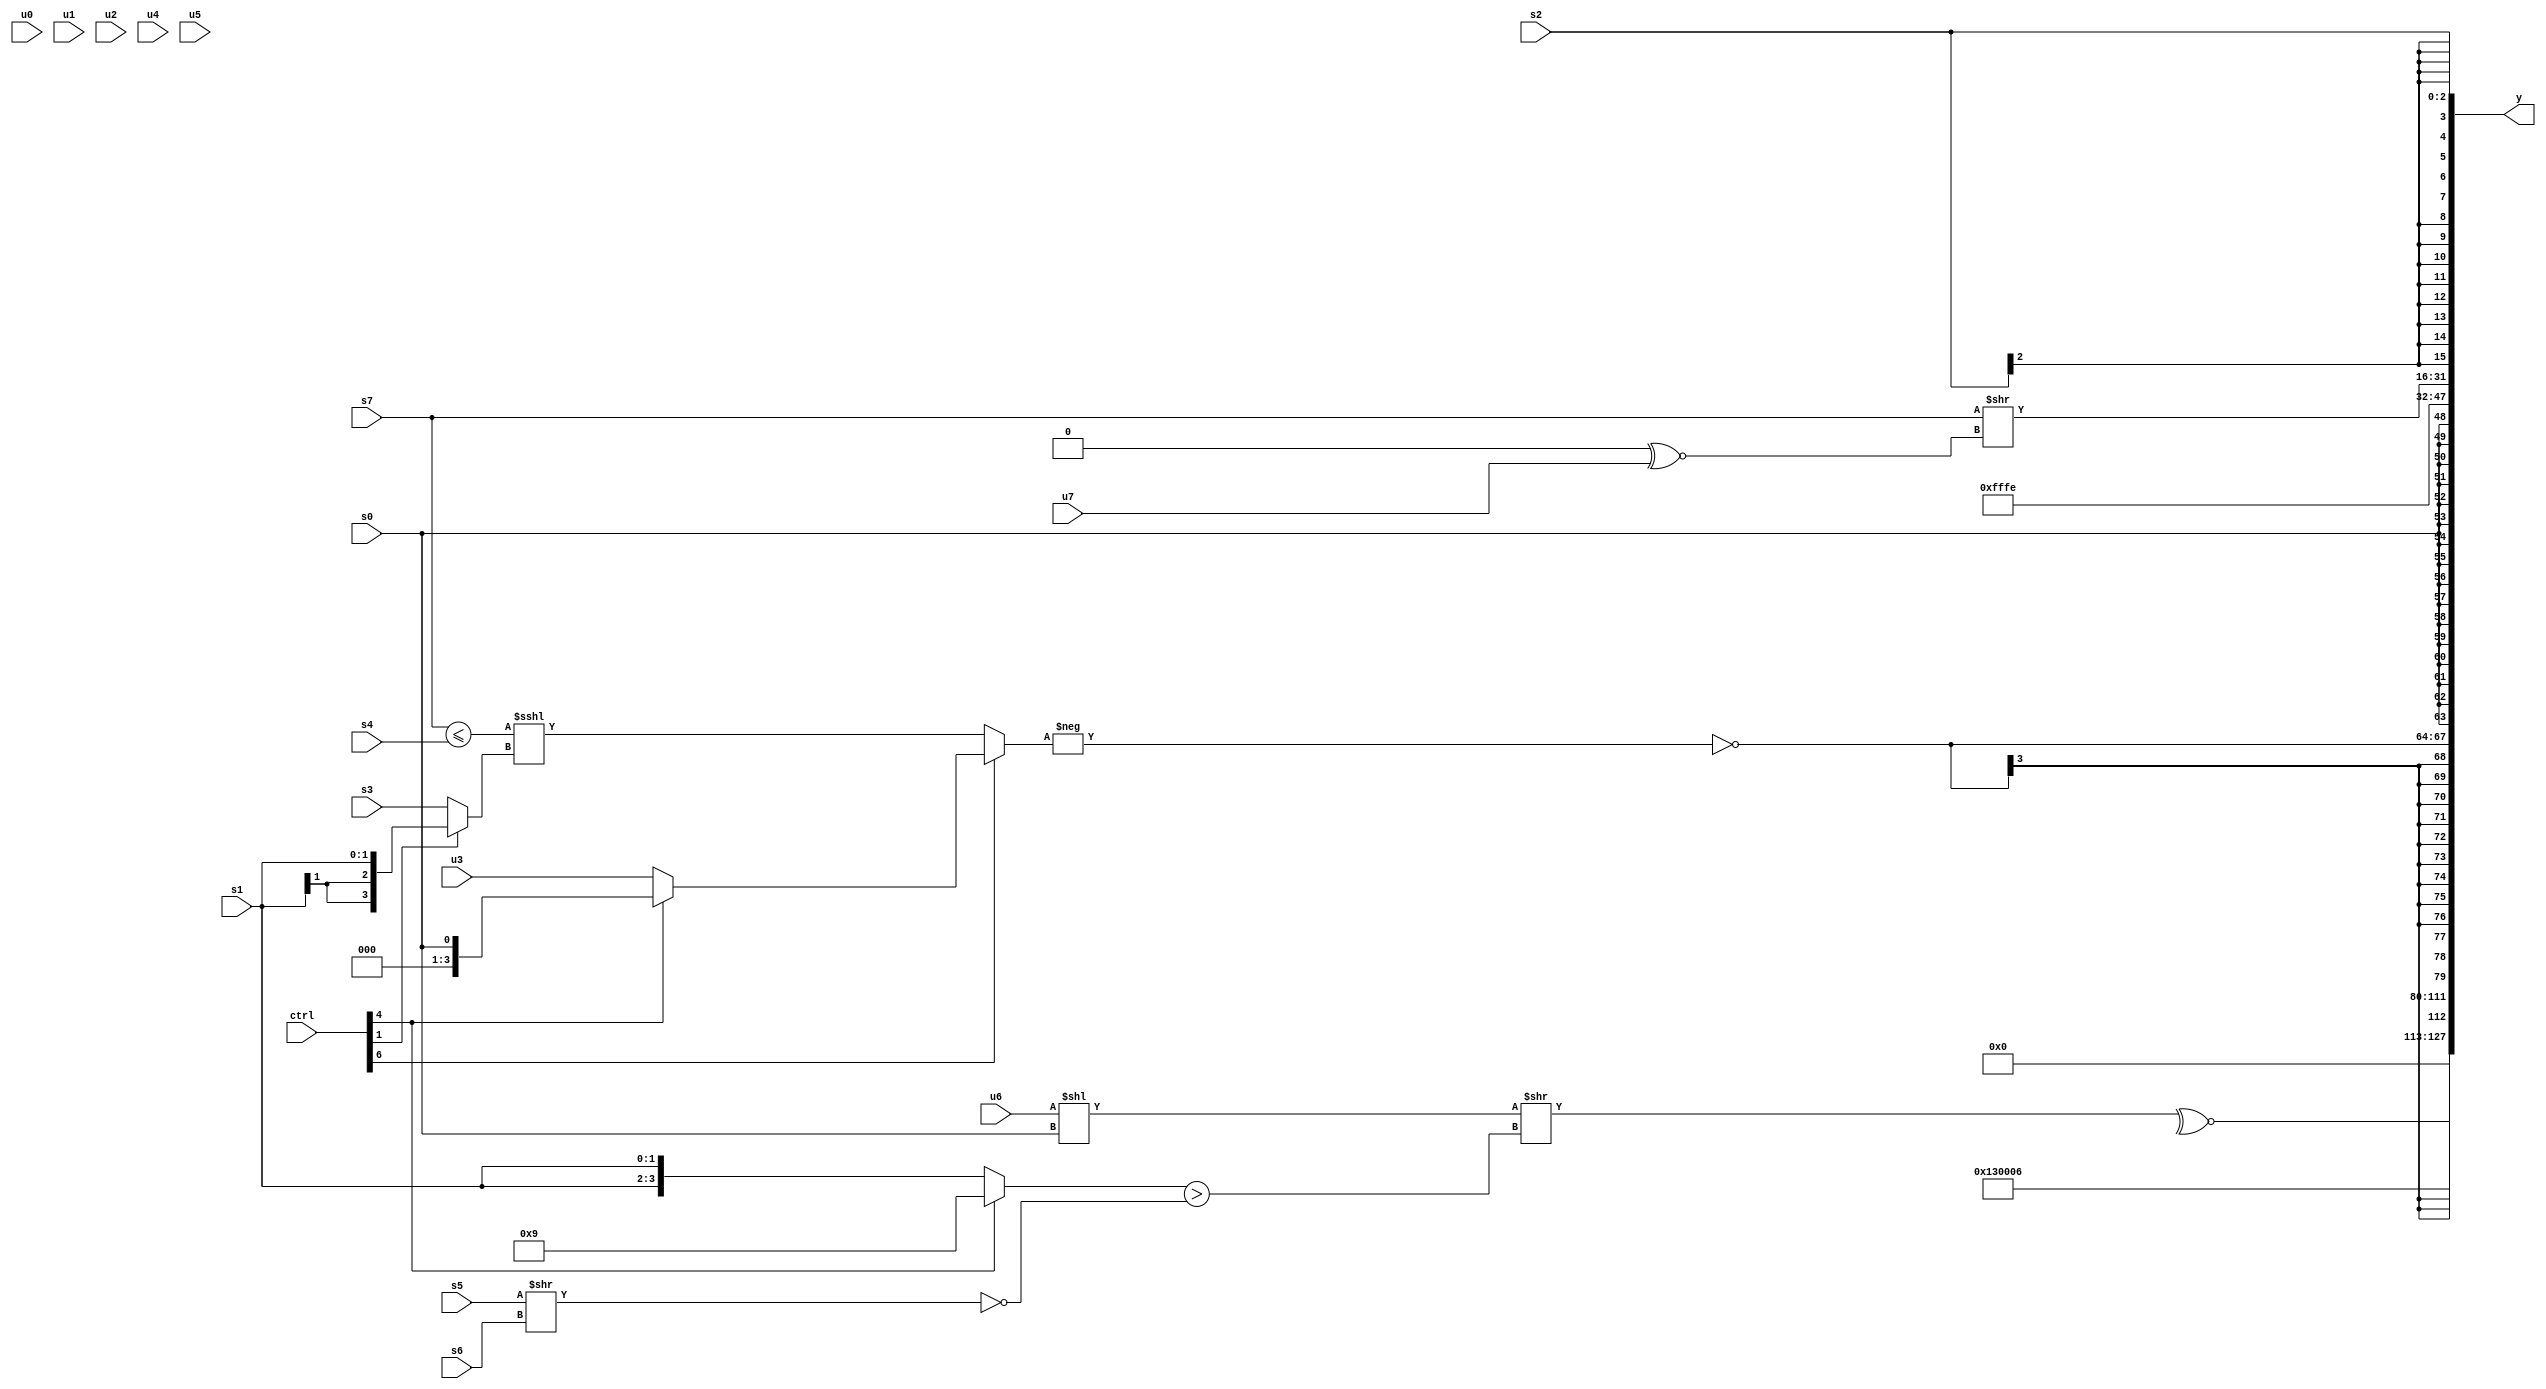
module wideexpr_00581(ctrl, u0, u1, u2, u3, u4, u5, u6, u7, s0, s1, s2, s3, s4, s5, s6, s7, y);
  input [7:0] ctrl;
  input [0:0] u0;
  input [1:0] u1;
  input [2:0] u2;
  input [3:0] u3;
  input [4:0] u4;
  input [5:0] u5;
  input [6:0] u6;
  input [7:0] u7;
  input signed [0:0] s0;
  input signed [1:0] s1;
  input signed [2:0] s2;
  input signed [3:0] s3;
  input signed [4:0] s4;
  input signed [5:0] s5;
  input signed [6:0] s6;
  input signed [7:0] s7;
  output [127:0] y;
  wire [15:0] y0;
  wire [15:0] y1;
  wire [15:0] y2;
  wire [15:0] y3;
  wire [15:0] y4;
  wire [15:0] y5;
  wire [15:0] y6;
  wire [15:0] y7;
  assign y = {y0,y1,y2,y3,y4,y5,y6,y7};
  assign y0 = ~^((+((u6)<<(s0)))>>(((ctrl[4]?{1{4'sb1001}}:{2{s1}}))>(~((s5)>>(s6)))));
  assign y1 = 5'b10011;
  assign y2 = 3'b110;
  assign y3 = $signed(~(-($signed(((ctrl[6]?(ctrl[4]?$signed(s0):$signed(u3)):((s7)<=(s4))<<<((ctrl[1]?s1:s3))))>>((2'sb11)-($signed((1'sb1)|(6'sb100111))))))));
  assign y4 = s0;
  assign y5 = 3'sb110;
  assign y6 = (s7)>>((1'sb0)^~(+(u7)));
  assign y7 = s2;
endmodule